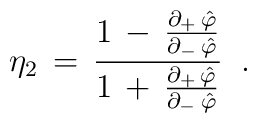
\eta _{2}\,=\,\frac{1\,-\,{\frac{\partial _{+}\,\hat{\varphi}}{\partial_{-}\,\hat{\varphi}}}}{1\,+\,{\frac{\partial _{+}\,\hat{\varphi}}{\partial_{-}\,\hat{\varphi}}}}\;\;.